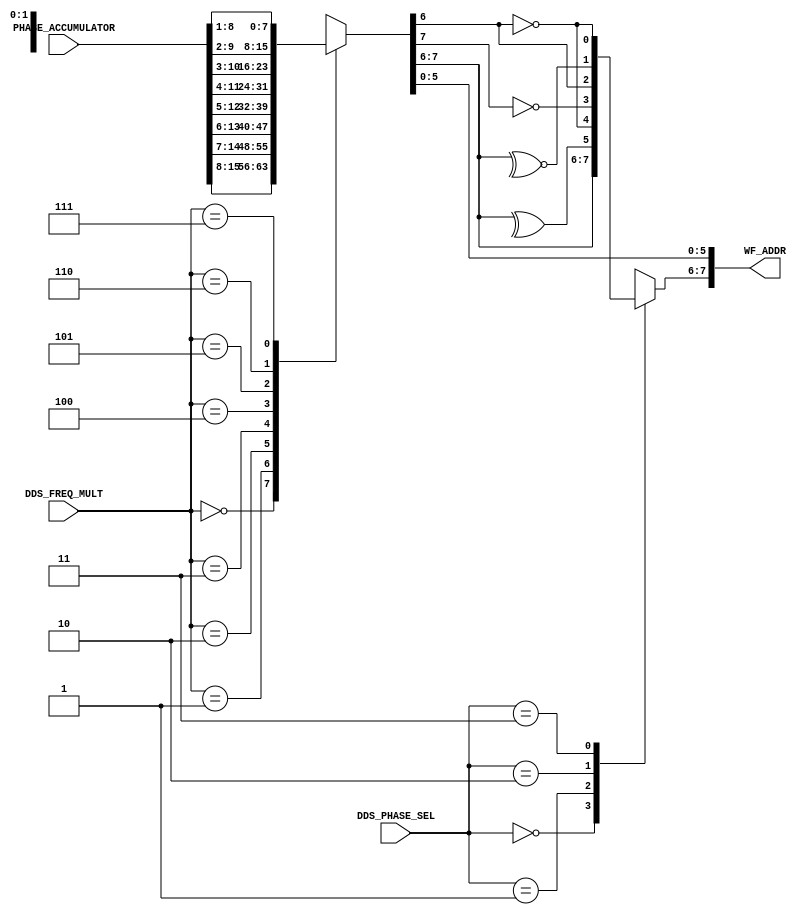
`timescale 1ns / 1ps
//////////////////////////////////////////////////////////////////////////////////
// Company: Case Western Reserve University
// 
// Project Name:   EECS301 Digital Design
// Design Name:    Lab #5 Project
// Module Name:    DDS_Phase_Selector
// Target Devices: Altera Cyclone V
// Tool versions:  Quartus v15.0
// Description:    DDS Phase Selector
//                 Output the Phase Index from the Phase Accumulator input
//                 
// Dependencies:   
//
//////////////////////////////////////////////////////////////////////////////////

module DDS_Phase_Selector
#(
	parameter PHASE_ACC_WIDTH = 16,
	parameter WF_ADDR_WIDTH = 8
)
(
	// Phase Accumulator Signals
	input  [PHASE_ACC_WIDTH-1:0] PHASE_ACCUMULATOR,
	
	// Configuration Signals
	input [2:0] DDS_FREQ_MULT,
	input [1:0] DDS_PHASE_SEL,
	
	// Waveform Index Signals
	output   [WF_ADDR_WIDTH-1:0] WF_ADDR
);
	
	//
	// DDS Frequency Multipler Selector
	//	
	reg  [WF_ADDR_WIDTH-1:0] phase_mult_index;

	always @*
	begin
	
		// DDS Frequency Multiplier Selector
		case (DDS_FREQ_MULT)
			3'h0 : phase_mult_index = { PHASE_ACCUMULATOR[PHASE_ACC_WIDTH-1 -: WF_ADDR_WIDTH] };  // x1
			3'h1 : phase_mult_index = { PHASE_ACCUMULATOR[PHASE_ACC_WIDTH-2 -: WF_ADDR_WIDTH] };  // x2
			3'h2 : phase_mult_index = { PHASE_ACCUMULATOR[PHASE_ACC_WIDTH-3 -: WF_ADDR_WIDTH] };  // x4
			3'h3 : phase_mult_index = { PHASE_ACCUMULATOR[PHASE_ACC_WIDTH-4 -: WF_ADDR_WIDTH] };  // x8
			3'h4 : phase_mult_index = { PHASE_ACCUMULATOR[PHASE_ACC_WIDTH-5 -: WF_ADDR_WIDTH] };  // x16
			3'h5 : phase_mult_index = { PHASE_ACCUMULATOR[PHASE_ACC_WIDTH-6 -: WF_ADDR_WIDTH] };  // x32
			3'h6 : phase_mult_index = { PHASE_ACCUMULATOR[PHASE_ACC_WIDTH-7 -: WF_ADDR_WIDTH] };  // x64
			3'h7 : phase_mult_index = { PHASE_ACCUMULATOR[PHASE_ACC_WIDTH-8 -: WF_ADDR_WIDTH] };  // x128
		endcase
				
	end
	
	//
	// DDS Phase Selector
	//
	// The Upper two bits of the index specify the waveform phase
	//
	reg  [1:0] phase_sel_index;

	always @*
	begin
	
		// DDS Phase Selector
		case (DDS_PHASE_SEL)
			4'h0 : phase_sel_index <= phase_mult_index[WF_ADDR_WIDTH-1:WF_ADDR_WIDTH-2]; // Phase 0
			4'h1 : phase_sel_index <= { ^phase_mult_index[WF_ADDR_WIDTH-1:WF_ADDR_WIDTH-2], ~phase_mult_index[WF_ADDR_WIDTH-2] }; // Phase 1/4
			4'h2 : phase_sel_index <= { ~phase_mult_index[WF_ADDR_WIDTH-1], phase_mult_index[WF_ADDR_WIDTH-2] }; // Phase 1/2
			4'h3 : phase_sel_index <= { ~^phase_mult_index[WF_ADDR_WIDTH-1:WF_ADDR_WIDTH-2], ~phase_mult_index[WF_ADDR_WIDTH-2] }; // Phase 3/4
		endcase
		
	end
	
	//
	// DDS Waveform Index
	//
	assign WF_ADDR = { phase_sel_index, phase_mult_index[WF_ADDR_WIDTH-3:0] };
	
	
endmodule